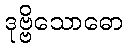
ဒုဗ္ဗိသောဓော